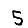
Digit: 5